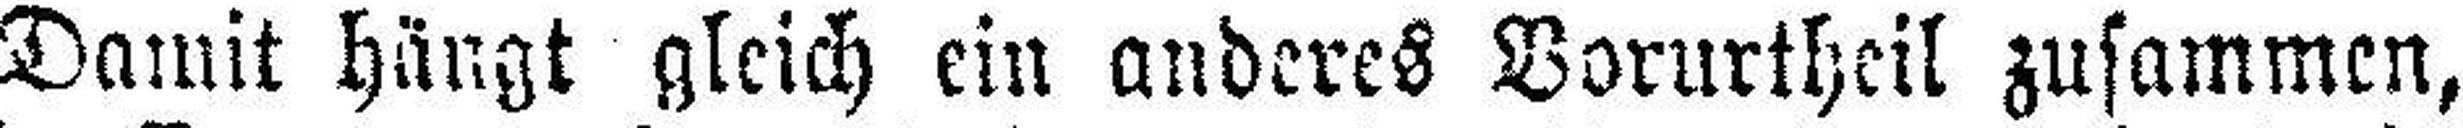
Damit hängt gleich ein anderes Vorurtheil zusammen,